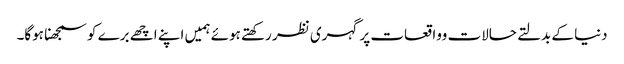
دنیا کے بدلتے حالات وواقعات پر گہری نظر رکھتے ہوئے ہمیں اپنے اچھے برے کو سمجھنا ہوگا۔